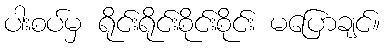
ပါးစပ်မှ ရိုင်းရိုင်းစိုင်းစိုင်း မပြောချင်။